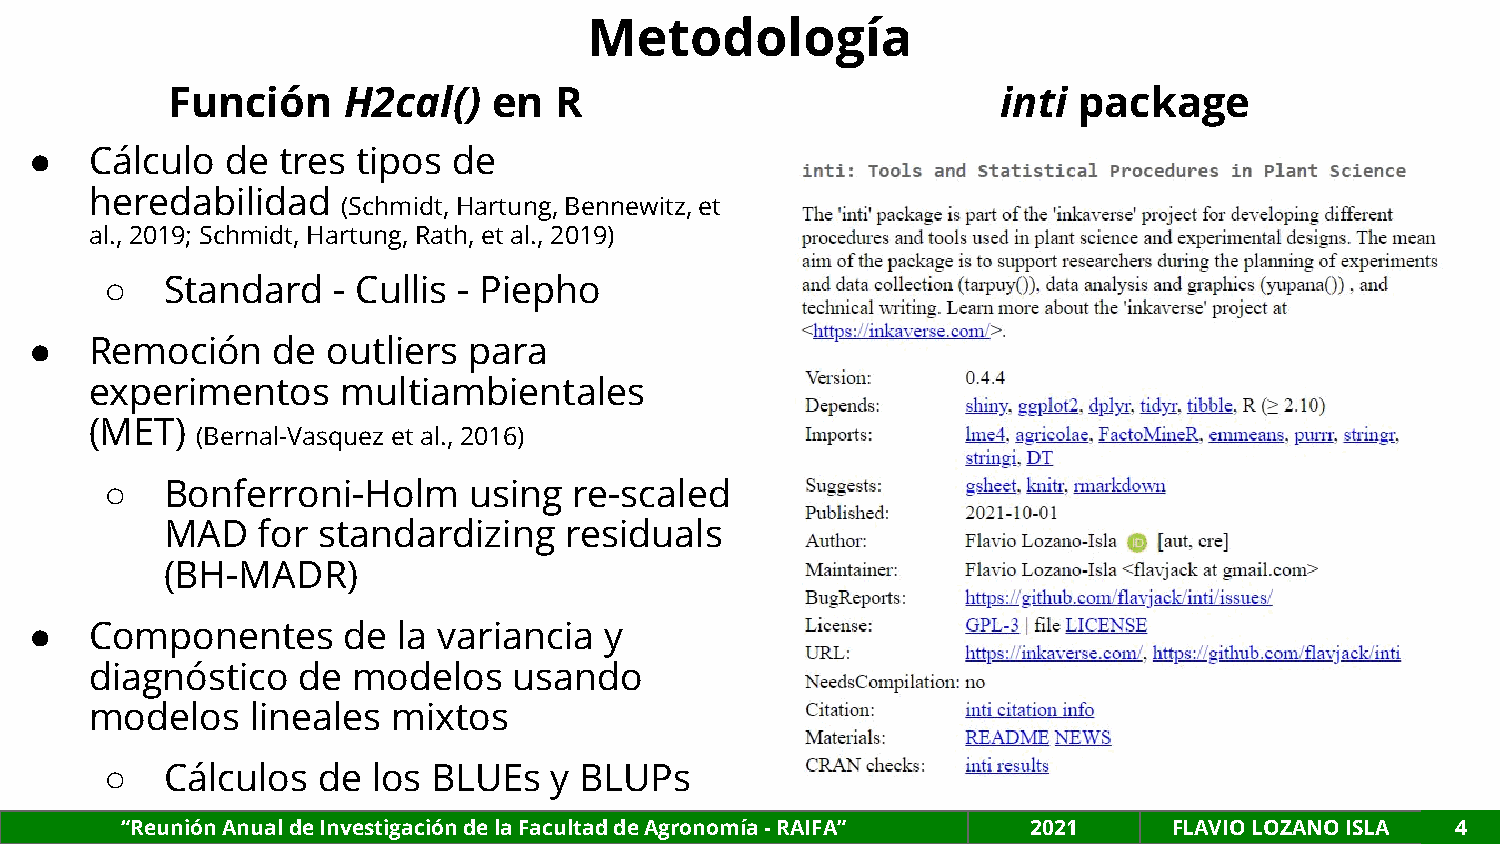
Metodología
 Función     H2cal()   en  R                            inti package
 ●   Cálculo  de tres  tipos de
 heredabilidad
 (Schmidt, Hartung, Bennewitz, et
 al., 2019; Schmidt, Hartung, Rath, et al., 2019)
 ○   Standard   - Cullis - Piepho
 ●   Remoción    de  outliers para
 experimentos     multiambientales
 (MET)
 (Bernal-Vasquez et al., 2016)
 ○   Bonferroni-Holm     using  re-scaled
 MAD   for standardizing   residuals
 (BH-MADR)
 ●   Componentes      de la variancia  y
 diagnóstico   de modelos    usando
 modelos    lineales mixtos
 ○   Cálculos  de  los BLUEs  y BLUPs
 “Reunión Anual de Investigación de la Facultad de Agronomía - RAIFA” 2021 FLAVIO LOZANO ISLA 4